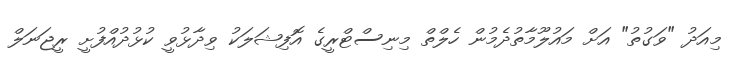
މިއަދު "ވަގުތު" އަށް މައުލޫމާތުދެމުން ހެލްތް މިނިސްޓްރީގެ އޮފިޝަލަކު ވިދާޅުވީ ކުޅުދުއްފުށީ ރީޖަނަލް